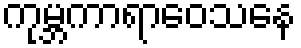
ကုမ္ဘကာရာဝေသနေ